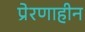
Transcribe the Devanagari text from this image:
प्रेरणाहीन